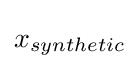
x_{synthetic}